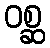
ဝစ္ဆ